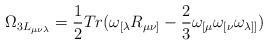
LaTeX: \begin{align*}\Omega_{3L_{\mu\nu\lambda}}=\frac{1}{2}Tr(\omega_{[\lambda}R_{\mu\nu]}-\frac{2}{3}\omega_{[\mu}\omega_{[\nu}\omega_{\lambda]]})\end{align*}